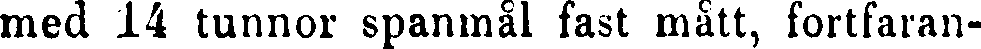
med 14 tunnor spanmål fast mått, fortfaran-